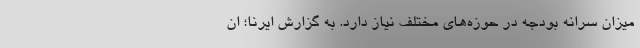
میزان سرانه بودجه در حوزه‌های مختلف نیاز دارد. به گزارش ایرنا؛ ان